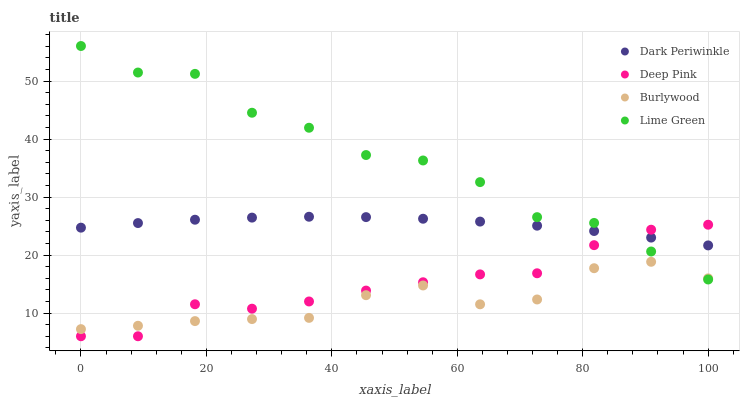
| xaxis_label | Dark Periwinkle | Deep Pink | Burlywood | Lime Green |
 | --- | --- | --- | --- | --- |
 | 0 | 24.7 | 6 | 7.23 | 56 |
 | 9.09 | 25.5 | 6 | 7.81 | 51.5 |
 | 18.2 | 26.1 | 11.5 | 8.61 | 51.2 |
 | 27.3 | 26.5 | 10.8 | 8.96 | 44.5 |
 | 36.4 | 26.6 | 12 | 9.17 | 42 |
 | 45.5 | 26.5 | 13.9 | 13.1 | 37.2 |
 | 54.5 | 26.3 | 15.3 | 14.8 | 36.3 |
 | 63.6 | 25.8 | 16.7 | 11.5 | 32.6 |
 | 72.7 | 25.1 | 16.9 | 12.3 | 26.5 |
 | 81.8 | 24.1 | 21.7 | 17.7 | 25.5 |
 | 90.9 | 23 | 24.4 | 18.8 | 20.6 |
 | 100 | 21.7 | 25.2 | 16 | 15.8 |